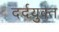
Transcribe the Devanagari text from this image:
दर्दयुक्त